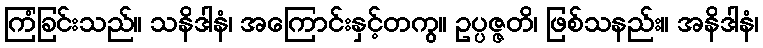
ကြံခြင်းသည်။ သနိဒါနံ၊ အကြောင်းနှင့်တကွ။ ဥပ္ပဇ္ဇတိ၊ ဖြစ်သနည်း။ အနိဒါနံ၊